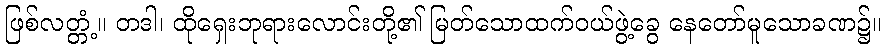
ဖြစ်လတ္တံ့။ တဒါ၊ ထိုရှေးဘုရားလောင်းတို့၏ မြတ်သောထက်ဝယ်ဖွဲ့ခွေ နေတော်မူသောခဏ၌။